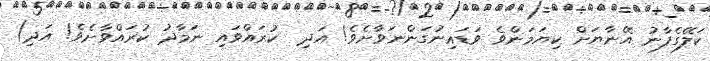
ކަލޭގެފާނު އޭނާޔަށް ކިޔަމަންވެ ވަޑައިނުގަންނަވާށެވެ! އަދި  ކުރައްވައި ނަމާދު ކުރައްވާށެވެ! އަދި)